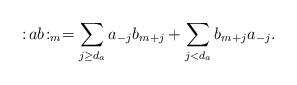
LaTeX: \begin{align*}:\! ab\! :_m = \sum_{j\geq d_a} a_{-j} b_{m+j} +\sum_{j < d_a}b_{m+j} a_{-j}.\end{align*}